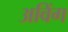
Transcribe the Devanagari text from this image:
अविंग